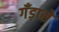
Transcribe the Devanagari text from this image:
गँड़ासे